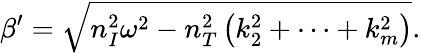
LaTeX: \beta^{\prime}=\sqrt{n_{I}^{2}\omega^{2}-n_{T}^{2}\left(k_{2}^{2}+\cdots+k_{m}^{2}\right)}.